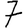
Digit: 7